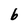
Character: 6